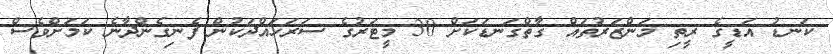
ކަނޑު އަޑީގެ ރީތި މަންޒަރުތައް ގާތްގަނޑަކަށް 30 މީޓަރުގެ ސަރަހައްދަކުން ފެނިގެންދާނެ ކަމަށްވެސް